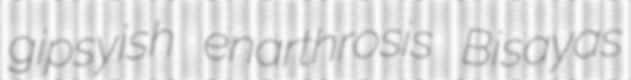
gipsyish enarthrosis Bisayas